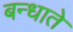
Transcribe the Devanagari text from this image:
बन्धाते